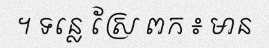
។ ទន្លេ ស្រែ ពក ៖ មាន